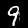
Label: 9